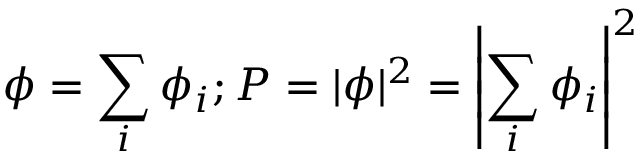
\phi = \sum _ { i } \phi _ { i } ; P = | \phi | ^ { 2 } = \left| \sum _ { i } \phi _ { i } \right| ^ { 2 }